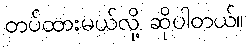
တပ်ထားမယ်လို့ ဆိုပါတယ်။